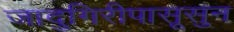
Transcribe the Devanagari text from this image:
जादुगिरीपासूसुन